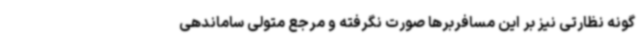
گونه نظارتی نیز بر این مسافربرها صورت نگرفته و مرجع متولی ساماندهی